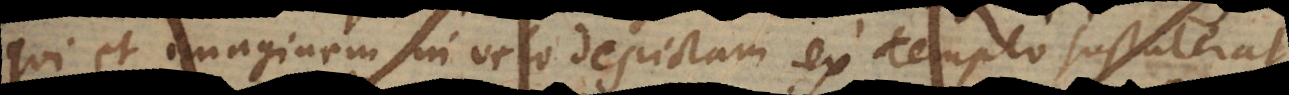
qui et imaginem in velo depictam ex templo sustulerat,